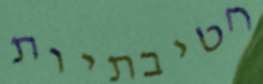
חטיבתיות